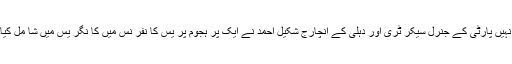
انہیں پارٹی کے جنرل سیکر ٹری اور دہلی کے انچارج شکیل احمد نے ایک پر ہجوم پر یس کا نفر نس میں کا نگر یس میں شا مل کیا۔